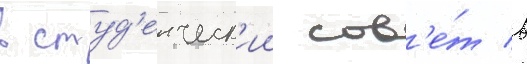
в студ'енческ'ии сов'е́т в